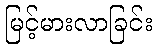
မြင့်မားလာခြင်း